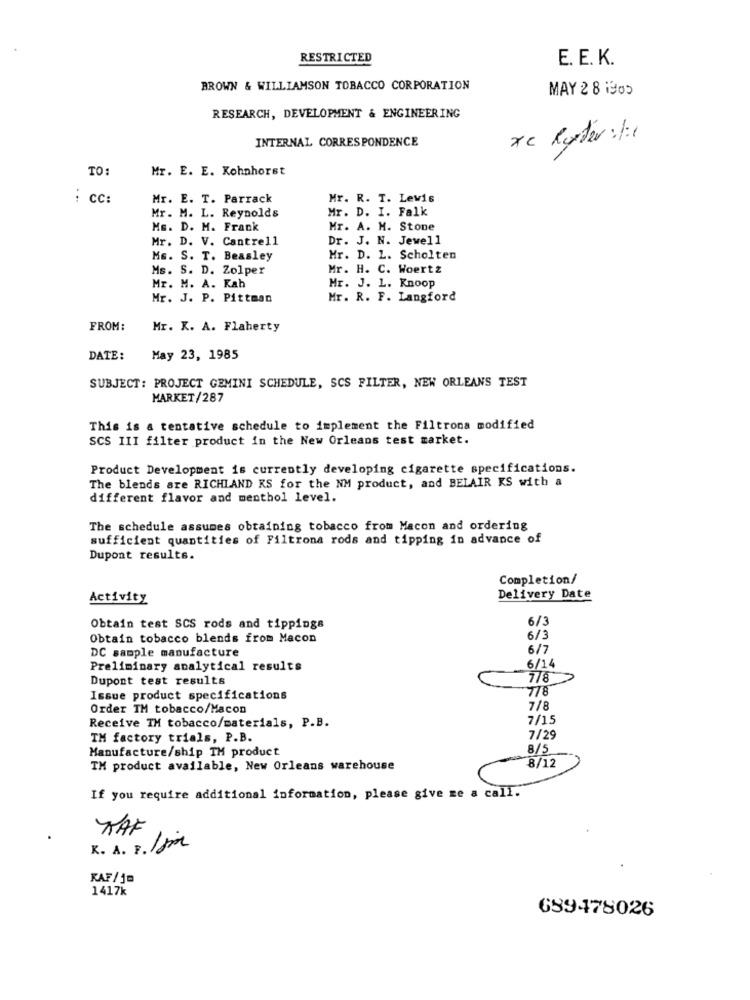
RESTRICTED
E. E. K.
BROWN & WILLIAMSON TOBACCO CORPORATION
MAY 2 8 1905
RESEARCH, DEVELOPMENT & ENGINEERING
INTERNAL CORRESPONDENCE
xc Ryter: 1:1
TO:
Mr. E. E. Kohnhorst
: cc:
Mr. E. T. Parrack
Mr. R. T. Lewis
Mr. M. L. Reynolds
Mr. D. I. Falk
Ms. D. M. Frank
Mr. A. M. Stone
Mr. D. V. Cantrell
Dr. J. N. Jewell
MG. S. T. Beasley
Hr. D. L. Scholten
Ms. S. D. Zolper
Mr. H. C. Woertz
Mr. M. A. Kah
Mr. J. L. Knoop
Mr. J. P. Pittman
Mr. R. F. Langford
FROM:
Mr. K. A. Flaherty
DATE:
May 23, 1985
SUBJECT: PROJECT GEMINI SCHEDULE, SCS FILTER, NEW ORLEANS TEST
MARKET/287
This is a tentative schedule to implement the Filtrona modified
SCS III filter product in the New Orleans test market.
Product Development is currently developing cigarette specifications.
The blends are RICHLAND KS for the NM product, and BELAIR KS with a
different flavor and menthol level.
The schedule assumes obtaining tobacco from Macon and ordering
sufficient quantities of Filtrona rods and tipping in advance of
Dupont results.
Completion/
Activity
Delivery Date
6/3
Obtain test SCS rods and tippings
Obtain tobacco blends from Macon
6/3
6/7
DC sample manufacture
Preliminary analytical results
6/14
Dupont test results
778
778
Issue product specifications
Order TM tobacco/Macon
7/8
7/15
Receive TH tobacco/materials, P.B.
TM factory trials, P.B.
7/29
Manufacture/ship TH product
8/5
8/12
TM product available, New Orleans warehouse
If you require additional information, please give me a call.
RAF
K. A. F. /j
KAF/ j=
1417k
689478026